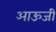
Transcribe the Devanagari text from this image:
आऊजी